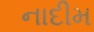
નાદીમ